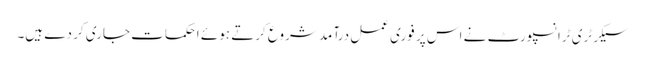
سیکرٹری ٹرانسپورٹ نے اس پر فوری عمل درآمد شروع کرتے ہوئے احکمات جاری کر دے ہیں۔